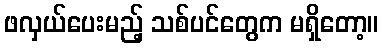
ဖလှယ်ပေးမည့် သစ်ပင်တွေက မရှိတော့။